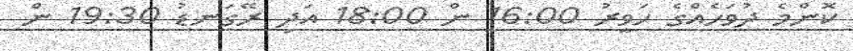
ކޮންމެ ދުވަހެއްގެ ހަވީރު 16:00 ން 18:00 އަދި ރޭގަނޑު 19:30 ން